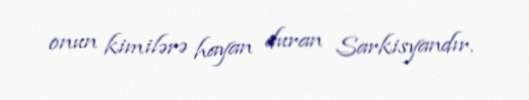
onun kimilərə hayan duran Sarkisyandır.